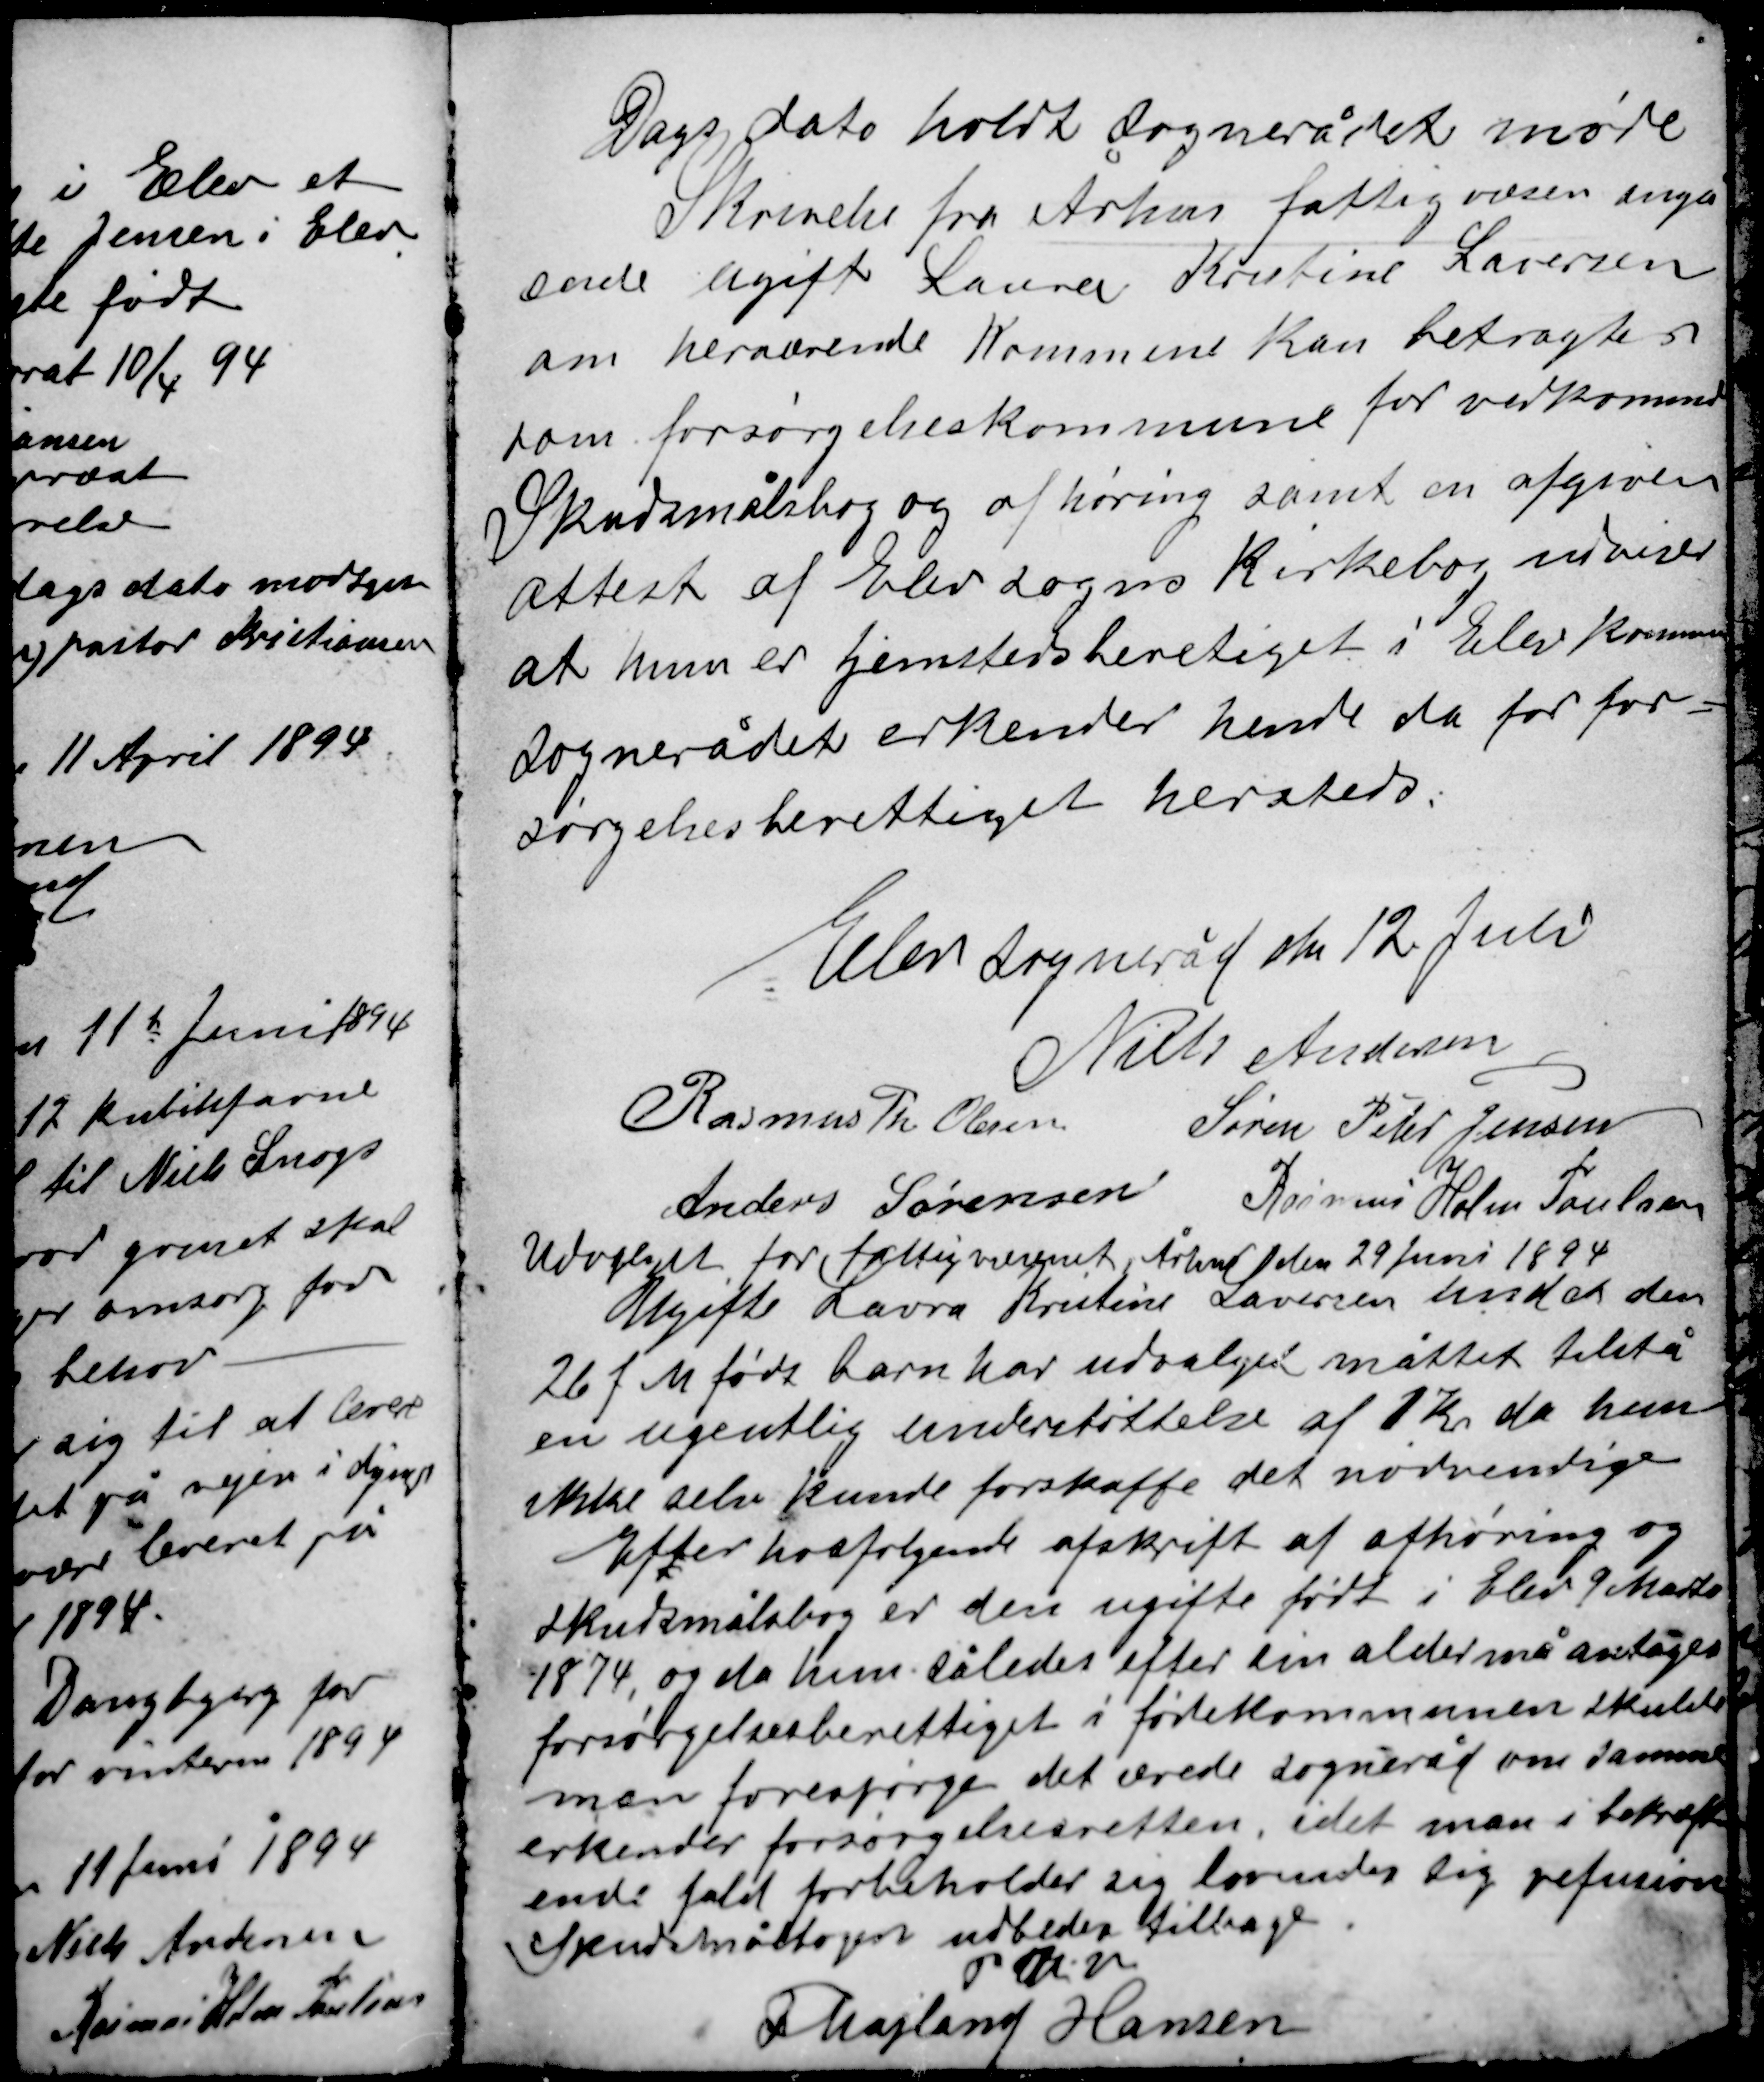
Transskription:
Dags dato holdt sognerådet møde
Skrivelse fra Århus fattigvæsen angå-
ende ugift Laura Kristine Lauersen
om herværende Kommune kan betragtes
som forsørgelseskommune for vedkommende
Skudsmålsbog og afhøring samt en afgiven
attest af Elev sogns Kirkebog udviser
at hun er hjemstedsberetiget i Elev kommune
Sognerådet erkender hende da for for=
sørgelsesberettiget hersteds.

Elev Sogneråd den 12 Juli
Niels Andersen
Rasmus Th. Olesen
Søren Peder Jensen
Anders Sørensen
Rasmus Holm Poulsen

Udvalget for fattigvæsenet, Århus den 29 Juni 1894
Ugifte Laura Kristine Lauersen hendes den
26 f M fødte barn har udvalget måttet tilstå
en ugentlig understøttelse af 1 Kr da hun
ikke selv kunde forskaffe det nødvendige

Efter hosfølgende afskrift af afhøring og
Skudsmålebog er den ugifte født i Elev 9 Marts
1874, og da hun således efter sin alder måtte antages
forsørgelsesberettiget i fødekommunen skulde
man forespørge det ærede sogneråd om samme
erkender forsørgelsesretten, idet man i bekræft-
ende fald forbeholder sig lovunder sig refusion
Skudsmålbogen udbedes tilbage.
P S V
F Majland Hansen